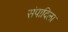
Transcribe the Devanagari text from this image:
संपादिला